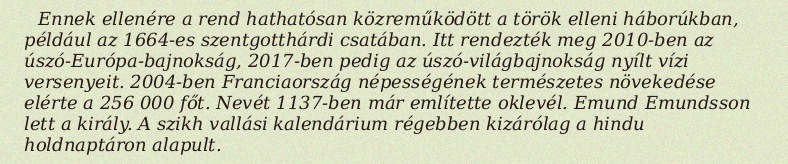
Ennek ellenére a rend hathatósan közreműködött a török elleni háborúkban, például az 1664-es szentgotthárdi csatában. Itt rendezték meg 2010-ben az úszó-Európa-bajnokság, 2017-ben pedig az úszó-világbajnokság nyílt vízi versenyeit. 2004-ben Franciaország népességének természetes növekedése elérte a 256 000 főt. Nevét 1137-ben már említette oklevél. Emund Emundsson lett a király. A szikh vallási kalendárium régebben kizárólag a hindu holdnaptáron alapult.